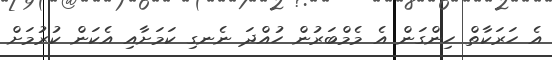
އެ ހަރަކާތް ހިންގަން އެ މެމްބަރުން ހުއްދަ ނެނގި ކަމަށާއި އެކަން ކުރުމަށް